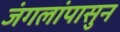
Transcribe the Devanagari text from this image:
जंगलांपासुन